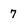
Character: 7